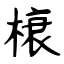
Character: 榱